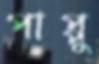
পাপ্পু